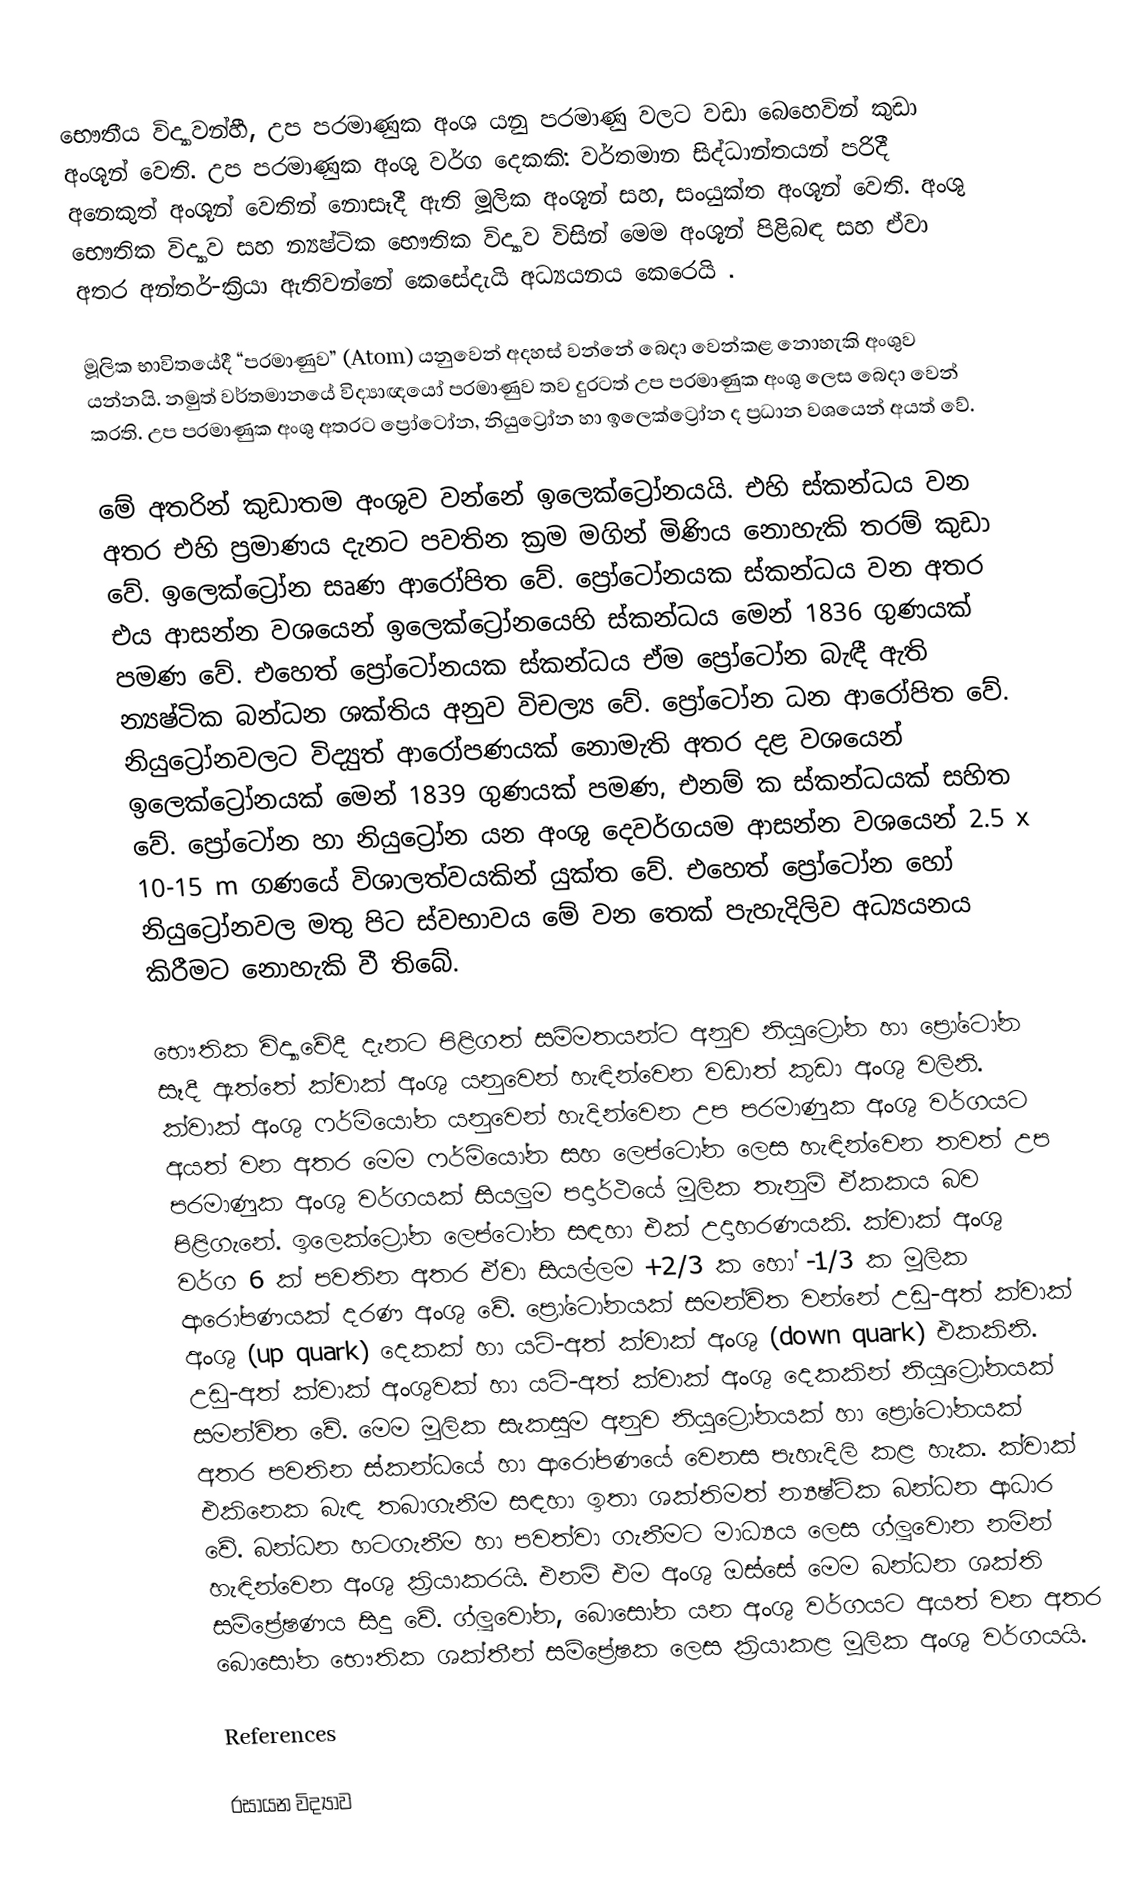
භෞතීය විද්‍යාවන්හී, උප පරමාණුක අංශ යනු  පරමාණු වලට වඩා බෙහෙවින් කුඩා අංශූන් වෙති. උප පරමාණුක අංශු වර්ග දෙකකි:  වර්තමාන සිද්ධාන්තයන් පරිදී අනෙකුත් අංශූන් වෙතින් නොසෑදී ඇති මූලික අංශූන් සහ, සංයුක්ත අංශූන් වෙති. අංශු භෞතික විද්‍යාව සහ න්‍යෂ්ටික භෞතික විද්‍යාව විසින් මෙම අංශූන් පිළිබඳ සහ ඒවා අතර  අන්තර්-ක්‍රියා ඇතිවන්නේ කෙසේදැයි අධ්‍යයනය කෙරෙයි .

මූලික භාවිතයේදී “පරමාණුව” (Atom) යනුවෙන් අදහස් වන්නේ බෙදා වෙන්කළ නොහැකි අංශුව යන්නයි. නමුත් වර්තමානයේ විද්‍යාඥයෝ පරමාණුව තව දුරටත් උප පරමාණුක අංශු ලෙස බෙදා වෙන් කරති‍. උප පරමාණුක අංශු අතරට ප්‍රෝටෝන, නියුට්‍රෝන හා ඉලෙක්ට්‍රෝන ද ප්‍රධාන වශයෙන් අයත් වේ.

මේ අතරින් කුඩාතම අංශුව වන්නේ ඉලෙක්ට්‍රෝනයයි. එහි ස්කන්ධය  වන අතර එහි ප්‍රමාණය දැනට පවතින ක්‍රම මගින් මිණිය නොහැකි තරම් කු‍ඩා වේ. ඉලෙක්ට්‍රෝන සෘණ ආරෝපිත වේ. ප්‍රෝටෝනයක ස්කන්ධය  වන අතර එය ආසන්න වශයෙන් ඉලෙක්ට්‍රෝනයෙහි ස්කන්ධය මෙන් 1836 ගුණයක් පමණ වේ. එහෙත් ප්‍රෝටෝනයක ස්කන්ධය ඒම ප්‍රෝටෝන බැඳී ඇති න්‍යෂ්ටික බන්ධන ශක්තිය අනුව විචල්‍ය වේ. ප්‍රෝටෝන ධන ආරෝපිත වේ.  නියුට්‍රෝනවලට  විද්‍යුත් ආරෝපණයක් නොමැති අතර දළ වශයෙන් ඉලෙක්ට්‍රෝනයක් මෙන් 1839 ගුණයක් පමණ, එනම්  ක ස්කන්ධයක් සහිත වේ. ප්‍රෝටෝන හා නියුට්‍රෝන යන අංශු දෙවර්ගයම ආසන්න වශයෙන් 2.5 x 10-15 m ගණයේ විශාලත්වයකින් යුක්ත වේ. එහෙත් ප්‍රෝටෝන හෝ නියු‍ට්‍රෝනවල මතු පිට ස්වභාවය මේ වන තෙක් පැහැදිලිව අධ්‍යයනය කිරීමට නොහැකි වී තිබේ.

භෞතික විද්‍යාවේදී දැනට පිළිගත් සම්මතයන්ට අනුව නියුට්‍රෝන හා ප්‍රෝටෝන සෑදී ඇත්තේ ක්වාක් අංශු යනුවෙන් හැඳින්වෙන වඩාත් කුඩා අංශු වලිනි. ක්වාක් අංශු ෆර්මියෝන යනුවෙන් හැදින්වෙන උප පරමාණුක අංශු වර්ගයට අයත් වන අතර මෙම ෆර්මියෝන සහ ලෙප්ටෝන ලෙස හැඳින්වෙන තවත් උප පරමාණුක අංශු වර්ගයක් සියලුම පදාර්ථයේ මූලික තැනුම් ඒකකය බව පිළිගැනේ. ඉලෙක්ට්‍රෝන ලෙප්ටෝන සඳහා එක් උදාහරණයකි. ක්වාක් අංශු වර්ග 6 ක් පවතින අතර ඒවා සියල්ලම +2/3 ක හෝ -1/3 ක මූලික ආරෝපණයක් දරණ අංශු වේ. ප්‍රෝටෝනයක් සමන්විත වන්නේ උඩු-අත් ක්වාක් අංශු (up quark) දෙකක් හා යටි-අත් ක්වාක් අංශු (down quark) එකකිනි. උඩු-අත් ක්වාක් අංශුවක් හා යටි-අත් ක්වාක් අංශු දෙකකින් නියුට්‍රෝනයක් සමන්විත වේ. මෙම මූලික සැකසුම අනුව නියුට්‍රෝනයක් හා ප්‍රෝටෝනයක් අතර පවතින ස්කන්ධයේ හා ආරෝපණයේ වෙනස පැහැදිලි කළ හැක. ක්වාක් එකිනෙක බැඳ තබාගැනීම සඳහා ඉතා ශක්තිමත් න්‍යෂ්ටික බන්ධන ආධාර වේ. බන්ධන හටගැනීම හා පවත්වා ගැනීමට මාධ්‍යය ලෙස ග්ලූවොන නමින් හැඳින්වෙන අංශු ක්‍රියාකරයි. එනම් එම අංශු ඔස්සේ මෙම බන්ධන ශක්ති සම්ප්‍රේෂණය සිදු වේ. ග්ලූවෝන, බොසෝන යන අංශු වර්ගයට අයත් වන අතර බොසෝන භෞතික ශක්තීන් සම්ප්‍රේෂක ලෙස ක්‍රියාකළ මූලික අංශු වර්ගයයි.

References

රසායන විද්‍යාව